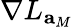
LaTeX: \nabla L_{\mathbf{a}_{M}}